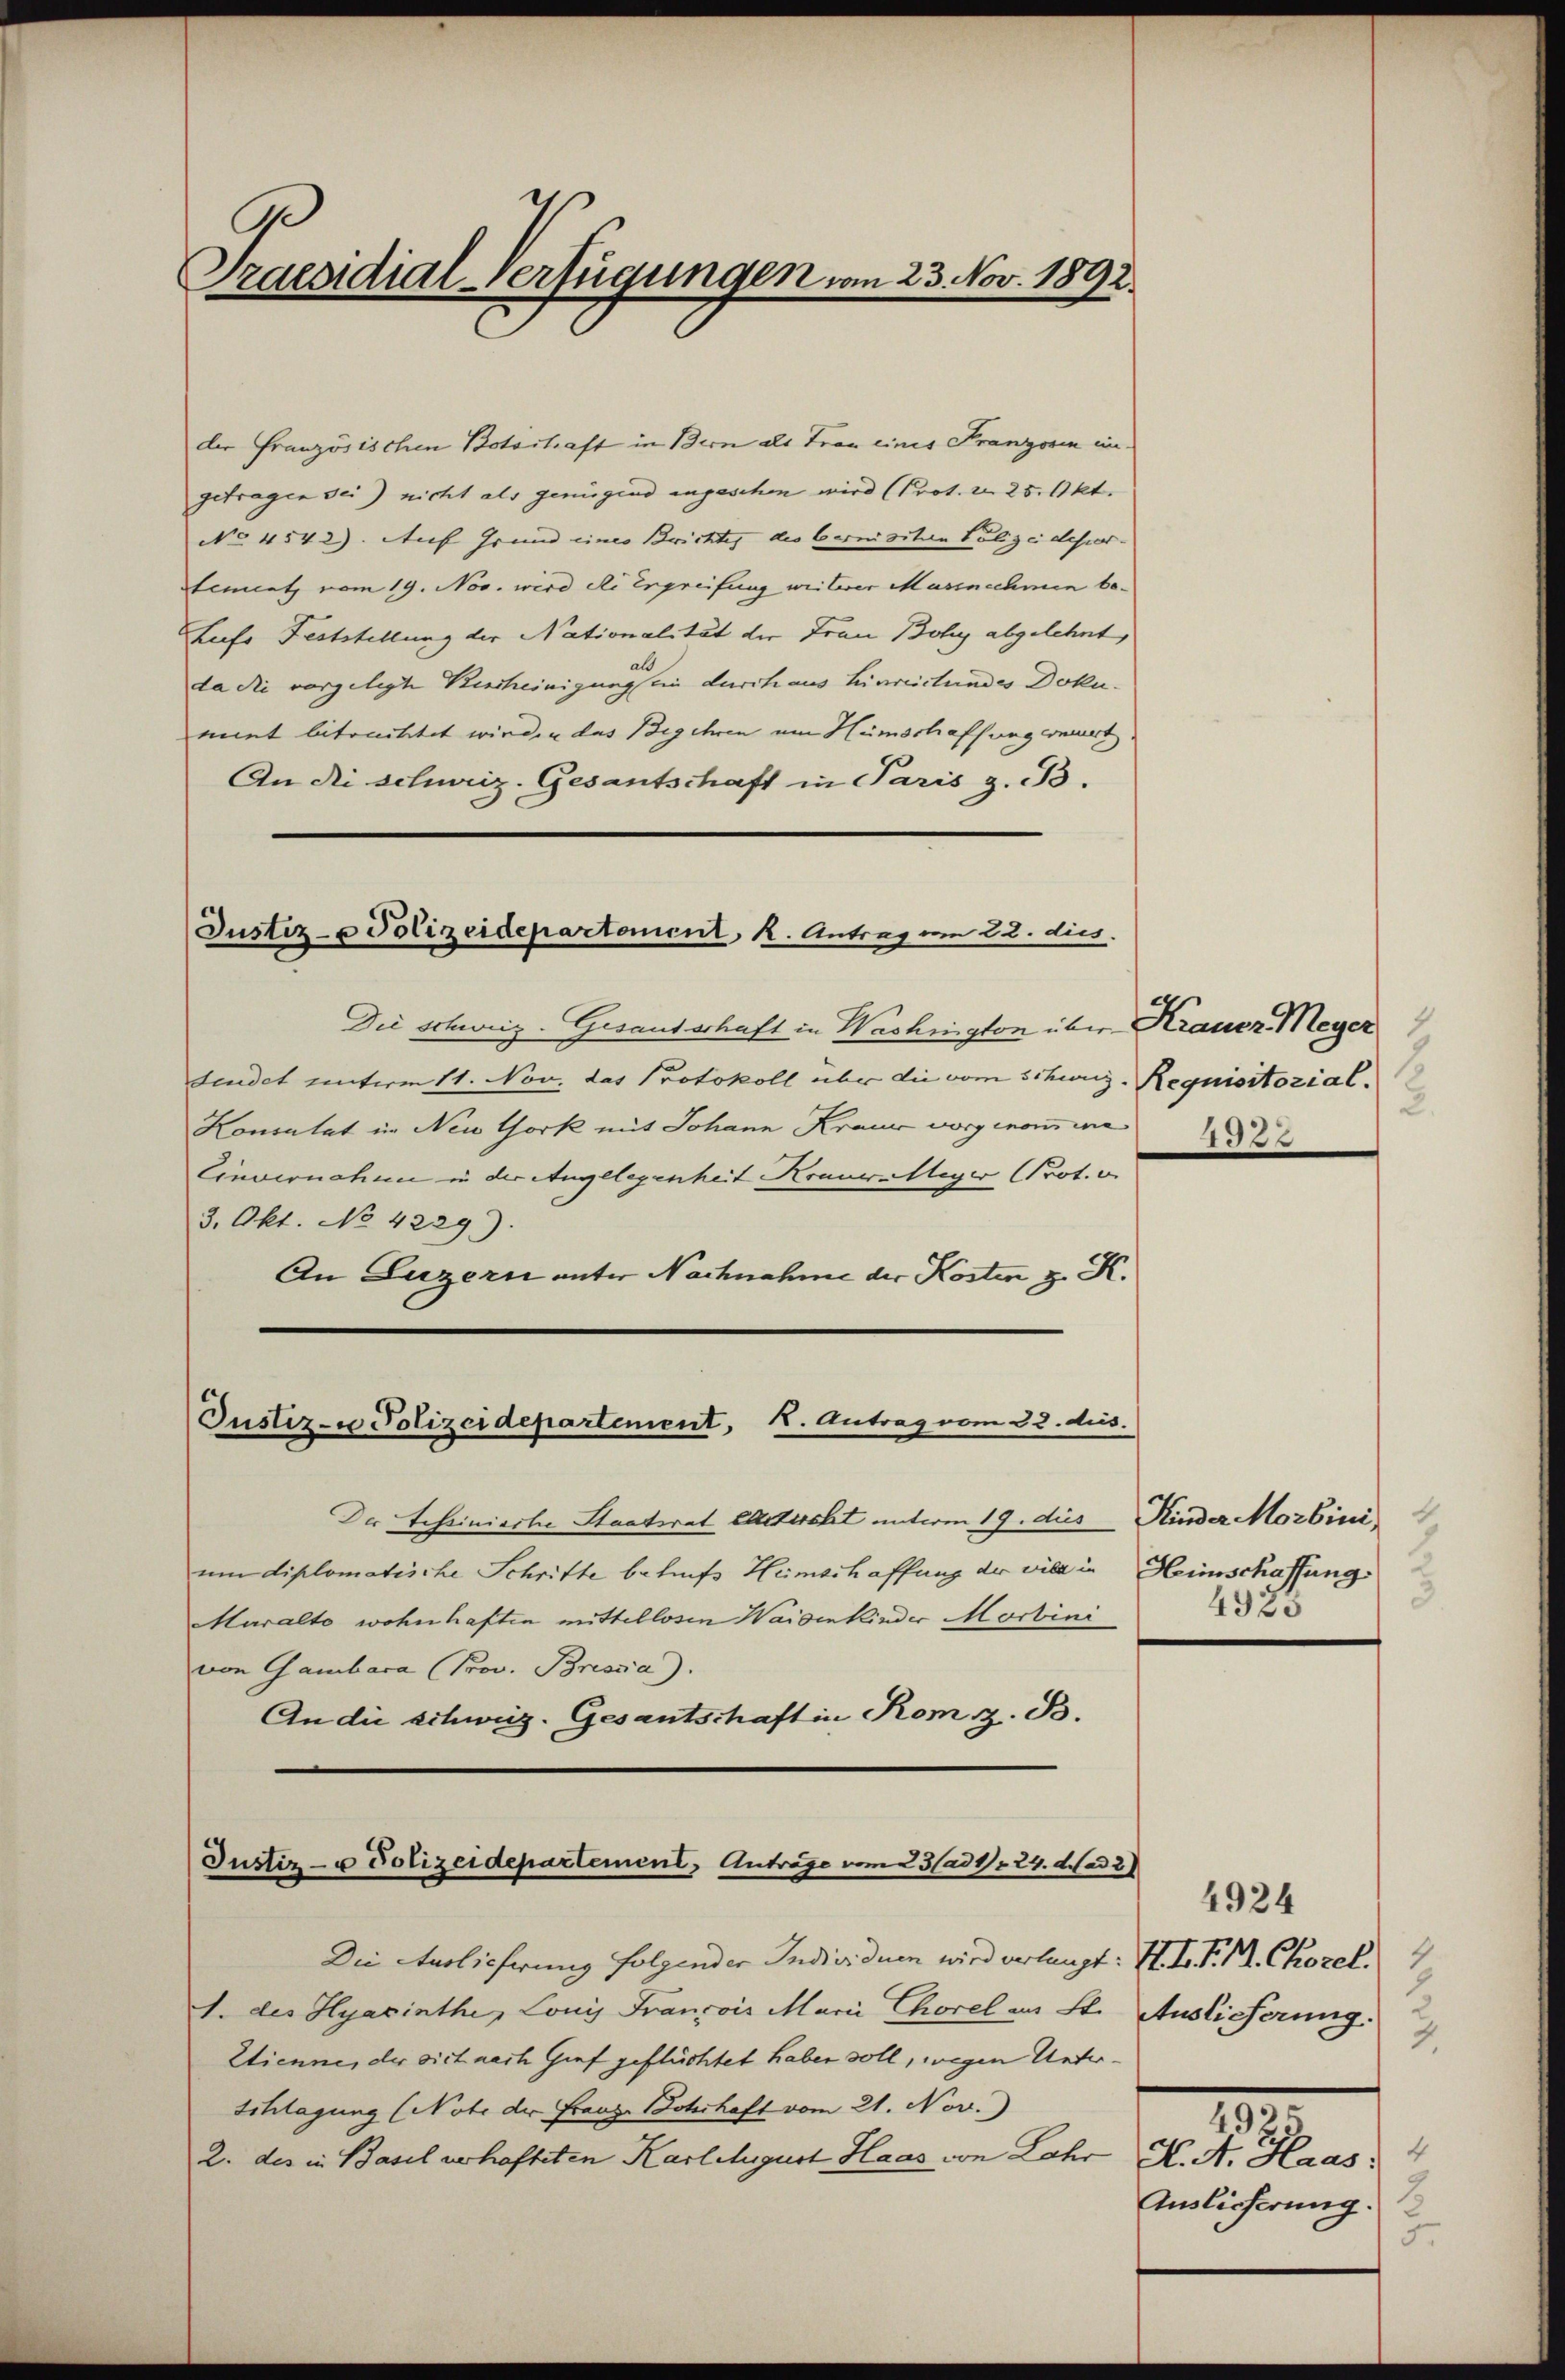
Ge
Praesidial-Verfügungen vom 23. Nov. 1892.

der Französischen Botostraft in Bern als Tran eines Franzosen ingetragen sei) nicht als genügend angeschen wird (Prot. u. 25. Okt.
No. 4542). Auf Grund eines Brichtes die bernisiten Polizeidesir.
tement vom 19. Nov. wird die Ergreifung weiterer Massnehmen be¬
Liefe Feststellung der Nationalität der Frau Bohy abgelehnt,
da die vorgelegte Bescheinigung sein durch aus hinreistundes Doku-
miet bitonittet werden das Begehren um Hümschaffungerniert
An die schweiz. Gesantschaft in Paris z. B.

Justiz- u Polizeidepartement, K. Antrag um 22. dies

Die Schweiz. Gesandschaft in Washington über Krauer Meyer
sendet unterm 11. Nov. das Protokoll über die vom Schinz-Requisitozial.
Konsulat in New York mit Johann Krauer vorgenomme 1576
Einvernahme in der Angelegenheit Krauer Meyer Prot.
3. Okt. No. 4229).
An Luzern unter Nachnahme der Kosten z. K.

Justiz- u Polizeidepartement, K. Antrag vom 22. dus.

Der Scheinierte Staatsrat erzicht unterm 19. dies Kinder Morbini
um diplomatische Schritte behufs Heimschaffung der viel in Heimschaffung
Maralto wohnhaften mittellosen Waisenkinder Morbini
von Gambara (Prov. Brosia).
An die schweiz. Gesantschaft in Kom z. B.

Die Auslicherung folgender Individuen wird verlangt: I. I. P. M. Chorel
1. des Hyacinthe, Louis Francois Marii Chorel aus St. Auslieferung
Etienne, der sich nach Graf geflüchtet haben soll, wegen Unter¬
Schlagung (Note der Franz Bohrhaft vom 21. Nov.
2. des in Basel verhafteten Karlchgust Haas von Lahr K. A. Haas:

Justiz- u Polizeidepartement, Anträge vom 23/ad1. 24. Mad. 2

5
4920

4924
3.
4925
4
Auslieferung.
5.